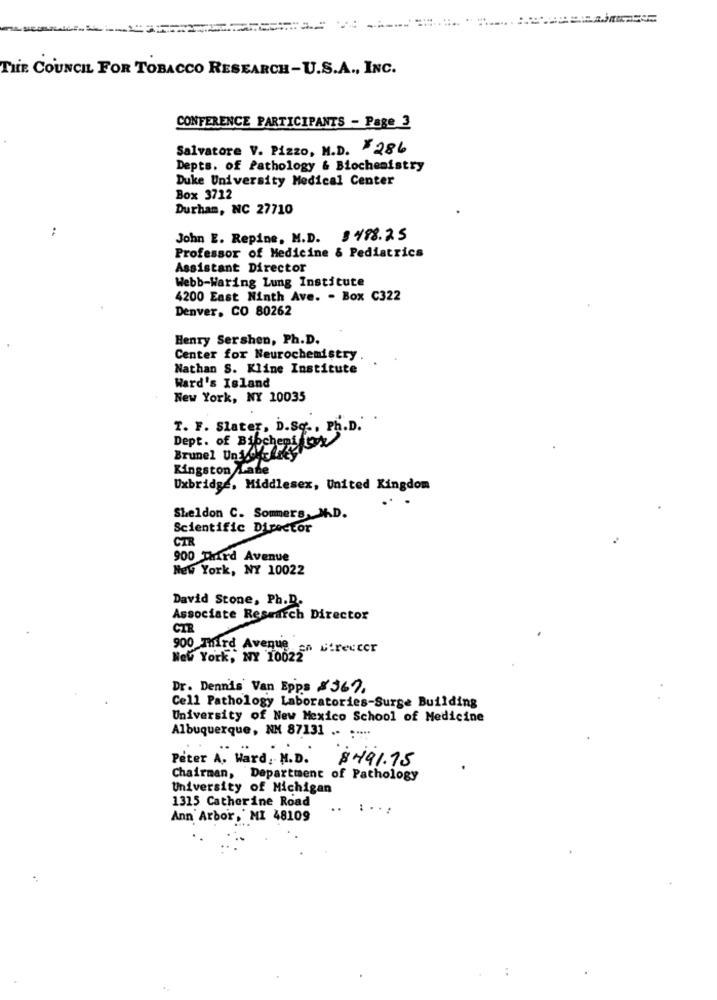
THE COUNCIL FOR TOBACCO RESEARCH-U.S.A ., INC.
CONFERENCE PARTICIPANTS - Page 3
Salvatore V. Pizzo, M.D. 286
Depts. of Pathology & Biochemistry
Duke University Medical Center
Box 3712
Durham, NC 27710
:
John E. Repine, M.D. $498.25
Professor of Medicine & Pediatrics
Assistant Director
Webb-Waring Lung Institute
4200 East Ninth Ave. - Box C322
Denver, CO 80262
Henry Sershen, Ph.D.
Center for Neurochemistry
Nathan S. Kline Institute
Ward's Island
New York, NY 10035
T. F. Slater, D.Sq ., Ph.D.'
Dept. of Bibcheni fty
Brunel Un Chr Laky
Kingston Lade
Uxbridge, Middlesex, United Kingdom
Sheldon C. Sommers. N.D.
Scientific Director
CIR
900 Third Avenue
New York, NY 10022
David Stone, Ph.D.
Associate Research Director
CTE
900 Third Avenue en Bireucer
New York, NY 10022
Dr. Dennis Van Epps 8367.
Cell Pathology Laboratories-Surge Building
University of New Mexico School of Medicine
Albuquerque, NN 87131 .- : " ...
Peter A. Ward, M.D.
$491.75
Chairman, Department of Pathology
University of Michigan
1315 Catherine Road
.. . ..:
Ann Arbor,' MI 48109